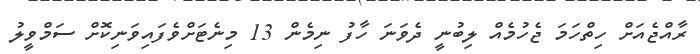
ރާއްޖެއަށް ހިތްހަމަ ޖެހުމެއް ލިބުނީ ދެވަނަ ހާފު ނިމެން 13 މިނެޓަށްވެފައިވަނިކޮށް ސަމްވީލު